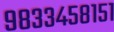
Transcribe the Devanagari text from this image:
९८३३४५८१५१